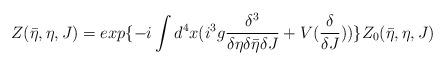
LaTeX: \begin{align*}Z(\bar{\eta},\eta,J)=exp\{-i\int d^{4}x ( i^{3}g\frac{\delta^{3}}{\delta\eta\delta\bar{\eta}\delta J}+V(\frac{\delta}{\delta J}))\}Z_{0}(\bar{\eta},\eta,J)\end{align*}